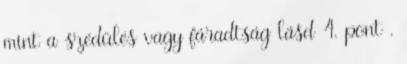
mint a szédülés vagy fáradtság lásd 4. pont .